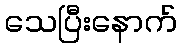
သေပြီးနောက်